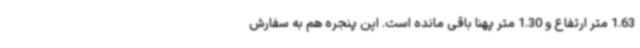
1.63 متر ارتفاع و 1.30 متر پهنا باقی مانده است. این پنجره هم به سفارش